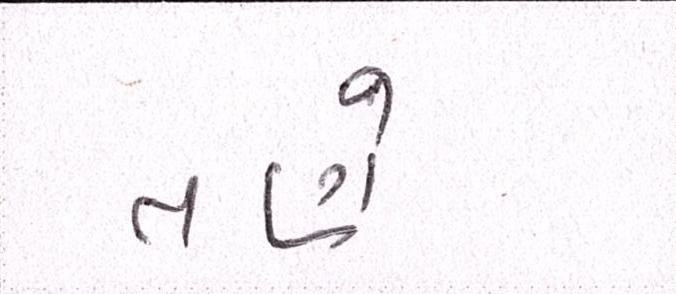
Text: તણે